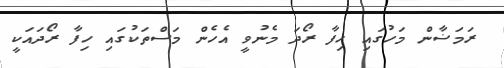
ރަމަޟާން މަހުގައި ހިފާ ރޯދަ މެނުވީ އެހެން މަސްތަކުގައި ހިފާ ރޯދައަކީ